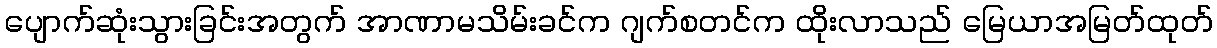
ပျောက်ဆုံးသွားခြင်းအတွက် အာဏာမသိမ်းခင်က ဂျက်စတင်က ထိုးလာသည် မြေယာအမြတ်ထုတ်